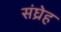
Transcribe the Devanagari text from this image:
संघ्रेह